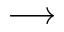
\longrightarrow